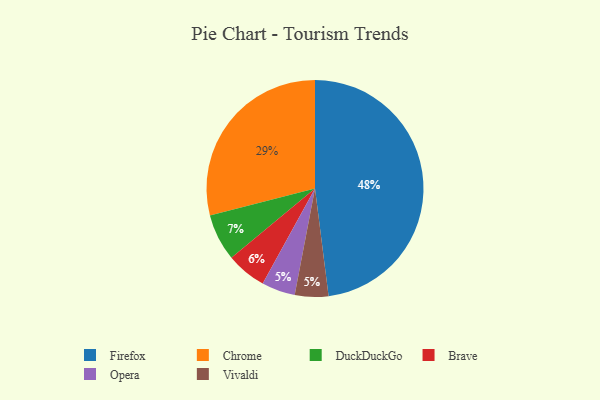
{"axis": {"x": "Category", "y": "Percentage"}, "legend": ["Brave", "Chrome", "DuckDuckGo", "Firefox", "Opera", "Vivaldi"], "data": [{"x": "Opera", "y": 5, "type": "Opera"}, {"x": "Brave", "y": 6, "type": "Brave"}, {"x": "DuckDuckGo", "y": 7, "type": "DuckDuckGo"}, {"x": "Firefox", "y": 48, "type": "Firefox"}, {"x": "Vivaldi", "y": 5, "type": "Vivaldi"}, {"x": "Chrome", "y": 29, "type": "Chrome"}]}